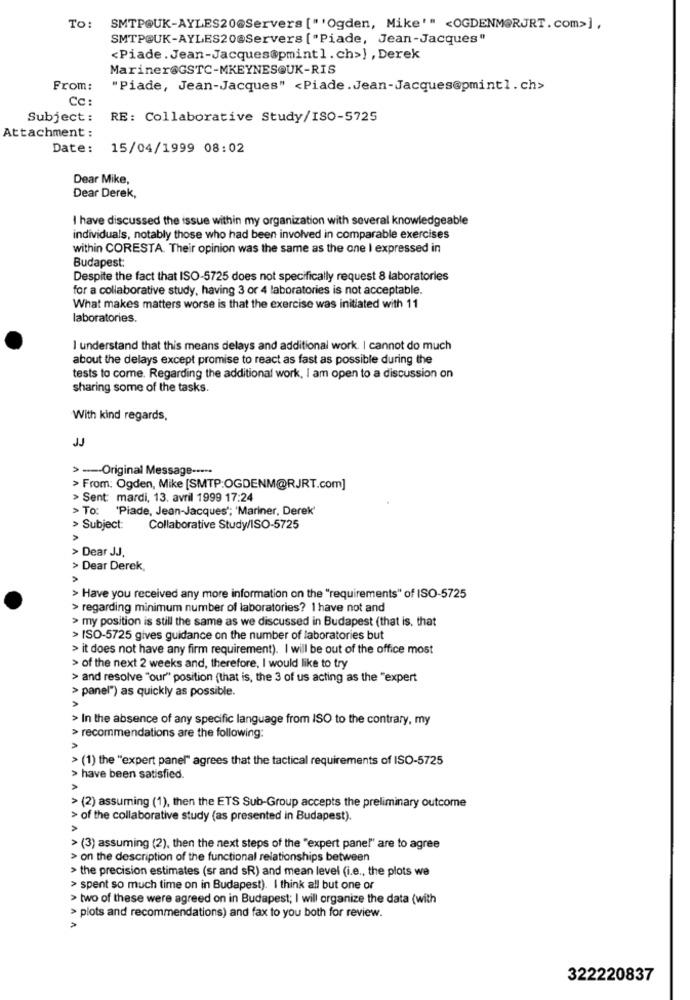
To: SMTPOUK-AYLES20@Servers ["'Ogden, Mike'" <OGDENM@RJRT.com>],
SMTP@UK-AYLES20@Servers ["Piade, Jean-Jacques"
<Piade.Jean-Jacques@pmint1.ch>) , Derek
Mariner@GSTC-MKEYNES@UK-RIS
From:
"Piade, Jean-Jacques" <Piade.Jean-Jacques@pmint1. ch>
Cc:
Subject :
RE: Collaborative Study/ISO-5725
Attachment :
Date:
15/04/1999 08:02
Dear Mike,
Dear Derek,
I have discussed the issue within my organization with several knowledgeable
individuals, notably those who had been involved in comparable exercises
within CORESTA. Their opinion was the same as the one I expressed in
Budapest:
Despite the fact that ISO-5725 does not specifically request 8 laboratories
for a collaborative study, having 3 or 4 laboratories is not acceptable.
What makes matters worse is that the exercise was initiated with 11
laboratories.
I understand that this means delays and additional work. I cannot do much
about the delays except promise to react as fast as possible during the
tests to come. Regarding the additional work, I am open to a discussion on
sharing some of the tasks.
With kind regards,
JJ
> ---- Original Message -····
> From: Ogden, Mike [SMTP:OGDENM@RJRT.com]
> Sent: mardi, 13. avril 1999 17:24
> To: 'Piade, Jean-Jacques'; 'Mariner, Derek'
> Subject:
Collaborative Study/ISO-5725
> Dear JJ.
> Dear Derek,
NAAA
> Have you received any more information on the "requirements" of ISO-5725
> regarding minimum number of laboratories? I have not and
> my position is still the same as we discussed in Budapest (that is, that
> ISO-5725 gives guidance on the number of laboratories but
> it does not have any firm requirement). I will be out of the office most
> of the next 2 weeks and, therefore, I would like to try
> and resolve "our" position (that is, the 3 of us acting as the "expert
> panel") as quickly as possible.
> In the absence of any specific language from ISO to the contrary, my
> recommendations are the following:
> (1) the "expert panel" agrees that the tactical requirements of ISO-5725
> have been satisfied.
A
> (2) assuming (1), then the ETS Sub-Group accepts the preliminary outcome
> of the collaborative study (as presented in Budapest).
> (3) assuming (2), then the next steps of the "expert panel" are to agree
> on the description of the functional relationships between
> the precision estimates (sr and sR) and mean level (i.e ., the plots we
> spent so much time on in Budapest). I think all but one or
> two of these were agreed on in Budapest; I will organize the data (with
> plots and recommendations) and fax to you both for review.
322220837